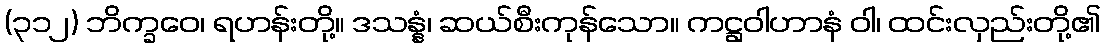
(၃၁၂) ဘိက္ခဝေ၊ ရဟန်းတို့။ ဒသန္နံ၊ ဆယ်စီးကုန်သော။ ကဋ္ဌဝါဟာနံ ဝါ၊ ထင်းလှည်းတို့၏